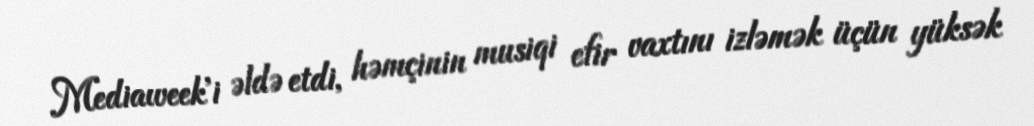
Mediaweek'i əldə etdi, həmçinin musiqi efir vaxtını izləmək üçün yüksək